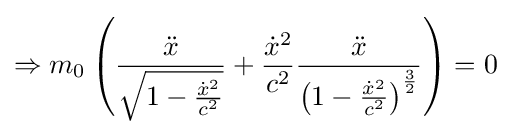
\Rightarrow m_{0}\left({\frac {\ddot {x}}{\sqrt {1-{\frac {{\dot {x}}^{2}}{c^{2}}}}}}+{\frac {{\dot {x}}^{2}}{c^{2}}}{\frac {\ddot {x}}{\left(1-{\frac {{\dot {x}}^{2}}{c^{2}}}\right)^{\frac {3}{2}}}}\right)=0